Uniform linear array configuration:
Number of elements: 8
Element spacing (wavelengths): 0.75
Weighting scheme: cosine
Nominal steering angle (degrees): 0
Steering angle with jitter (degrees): -0.239
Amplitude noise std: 0.05
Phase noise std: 0.05

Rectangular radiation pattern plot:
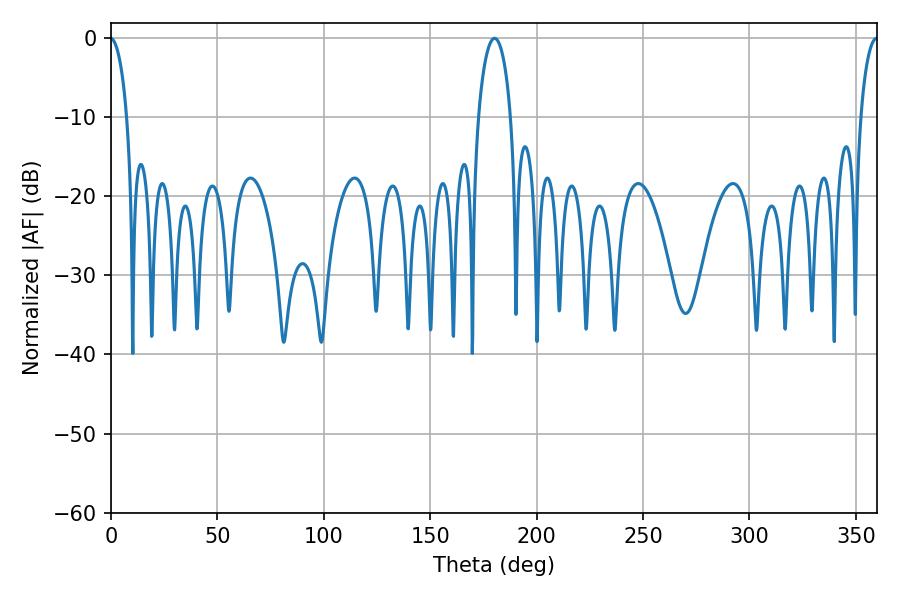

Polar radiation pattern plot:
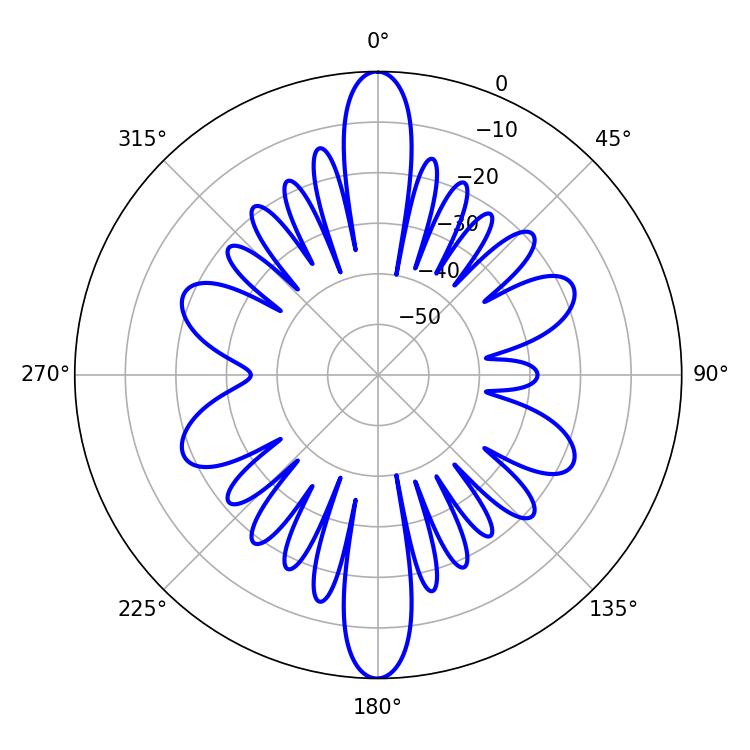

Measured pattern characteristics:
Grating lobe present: TRUE
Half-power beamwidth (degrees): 8.64
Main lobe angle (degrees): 180.18